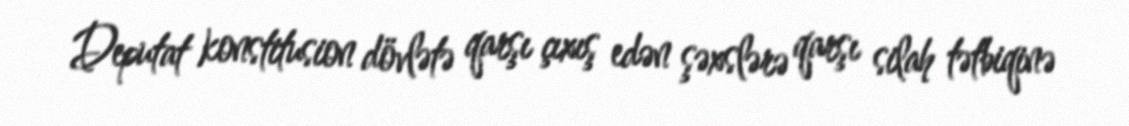
Deputat konstitusion dövlətə qarşı çıxış edən şəxslərə qarşı silah tətbiqinə